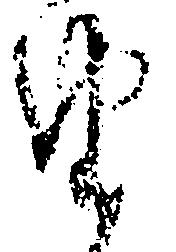
由